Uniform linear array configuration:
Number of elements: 12
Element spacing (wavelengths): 0.75
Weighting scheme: hann
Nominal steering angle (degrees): -30
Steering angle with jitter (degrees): -30.864
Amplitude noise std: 0.05
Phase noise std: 0.05

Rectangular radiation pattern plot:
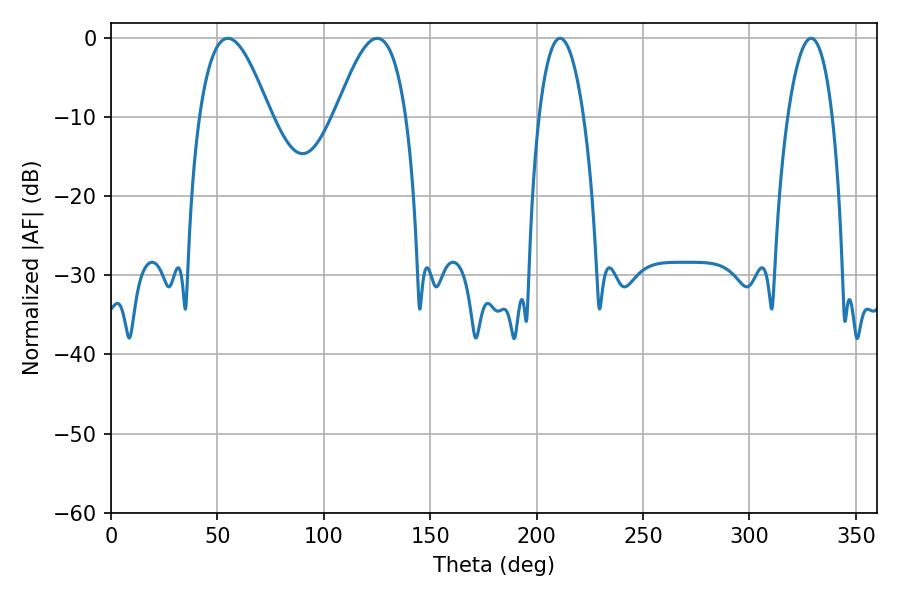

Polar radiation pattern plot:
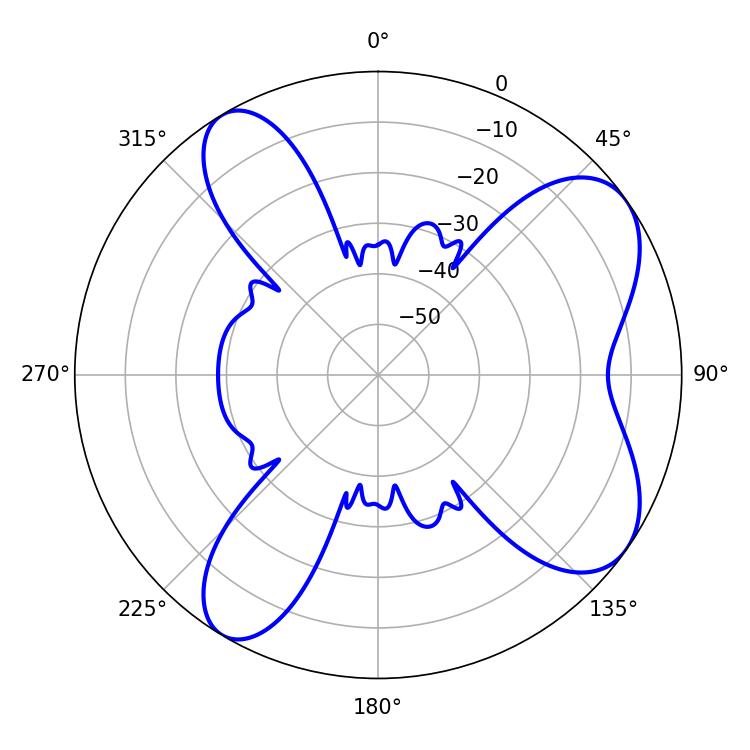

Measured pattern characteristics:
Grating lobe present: TRUE
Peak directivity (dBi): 7.484
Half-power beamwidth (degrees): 18
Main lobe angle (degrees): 54.9